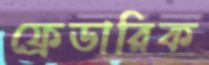
ফ্রেডারিক